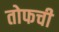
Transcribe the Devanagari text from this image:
तोफची